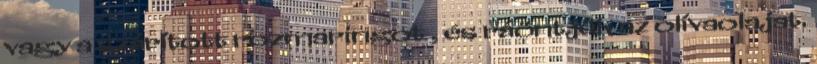
vagy a szárított rozmaringot , és ráöntjük az olívaolajat.